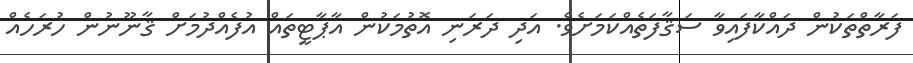
ފަރާތްތަކުން ދައްކާފައިވާ ސަޤާފަތެއްކަމަށެވެ. އަދި ދަރަނި އޮތުމަކުން އާޕާޓީތައް އުފެއްދުމަށް ޤާނޫނުން ހުރަހެއް